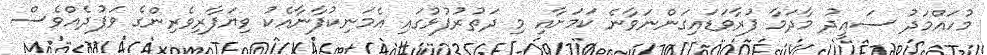
މުހައްމަދު ސަޢީދު މާދަމާ ފުރާވަޑައިގަންނަވާނެ ކަމަށާއި މި ދަތުރުފުޅުގައި އެމަނިކުފާނާއެކު ވިޔަފާރިވެރިންގެ ވަފުދެއްވެސް